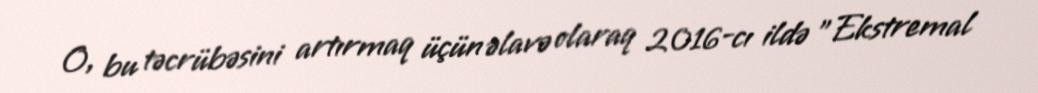
O, bu təcrübəsini artırmaq üçün əlavə olaraq 2016-cı ildə "Ekstremal